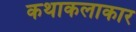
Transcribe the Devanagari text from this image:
कथाकलाकार